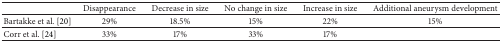
<table><thead><tr><td><b> </b></td><td><b>Disappearance</b></td><td><b>Decrease in size</b></td><td><b>No change in size</b></td><td><b>Increase in size</b></td><td><b>Additional aneurysm development</b></td></tr></thead><tbody><tr><td>Bartakke et al. [20]</td><td>29%</td><td>18.5%</td><td>15%</td><td>22%</td><td>15%</td></tr><tr><td>Corr et al. [24]</td><td>33%</td><td>17%</td><td>33%</td><td>17%</td><td> </td></tr></tbody></table>